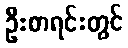
ဦးစာရင်းတွင်